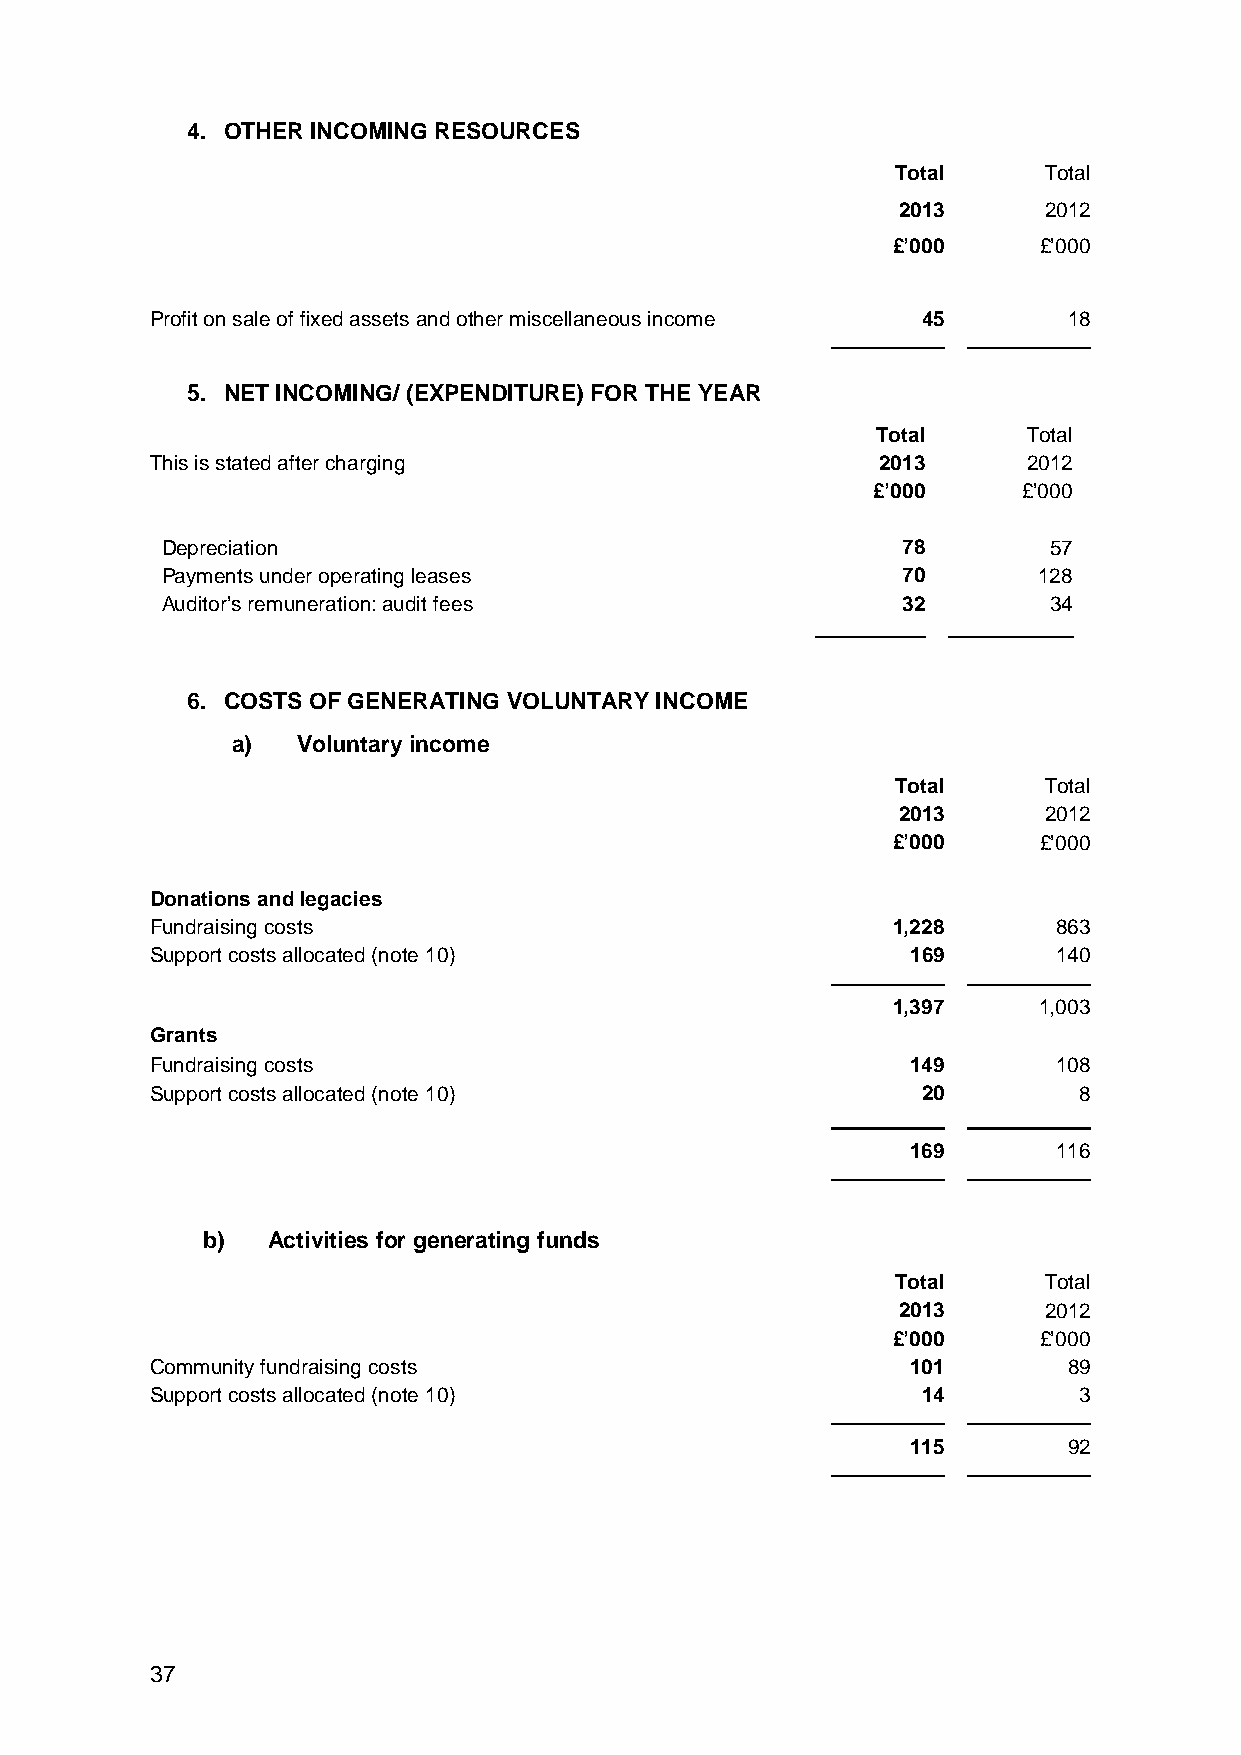
4. OTHER INCOMING RESOURCES
 Total     Total
 2013      2012
 £’000     £’000
 Profit on sale of fixed assets and other miscellaneous income 45 18
 5. NET INCOMING/ (EXPENDITURE) FOR THE YEAR
 Total     Total
 This is stated after charging                   2013      2012
 £’000     £’000
 Depreciation                                     78       57
 Payments under operating leases                  70       128
 Auditor’s remuneration: audit fees               32       34
 6. COSTS OF GENERATING VOLUNTARY INCOME
 a)   Voluntary income
 Total     Total
 2013      2012
 £’000     £’000
 Donations and legacies
 Fundraising costs                                1,228      863
 Support costs allocated (note 10)                 169       140
 1,397     1,003
 Grants
 Fundraising costs                                 149       108
 Support costs allocated (note 10)                  20        8
 169       116
 b)   Activities for generating funds
 Total     Total
 2013      2012
 £’000     £’000
 Community fundraising costs                       101        89
 Support costs allocated (note 10)                  14        3
 115        92
 37